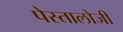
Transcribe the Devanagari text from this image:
पेस्तालोजी